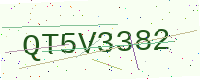
Text: QT5V3382